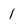
Character: 1